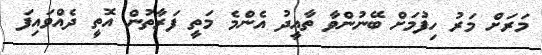
މަރަށް މަރު ހިފުމަށް ބޭނުންވާ ތާއީދު އެންމެ މަތީ ފަރާތުން އޮތީ ދެއްވައިފަ